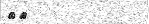
٣٤